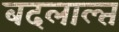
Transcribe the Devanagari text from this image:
बदलाल्त